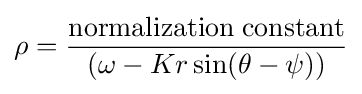
\rho ={\frac {\rm {normalization\;constant}}{(\omega -Kr\sin(\theta -\psi ))}}